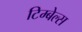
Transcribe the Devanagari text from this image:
टिम्बेल्स